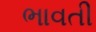
ભાવતી